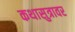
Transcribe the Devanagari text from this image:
कथासुत्रावर